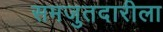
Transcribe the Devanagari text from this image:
समजुतदारीला